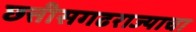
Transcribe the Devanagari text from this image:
छत्तीसगढराज्याचा